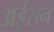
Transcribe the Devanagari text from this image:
अईसन